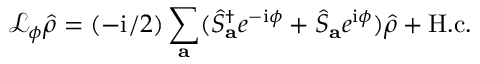
\mathcal { L } _ { \phi } \hat { \rho } = ( - \mathrm { i } / 2 ) \sum _ { \mathbf { a } } ( \hat { S } _ { \mathbf { a } } ^ { \dagger } e ^ { - \mathrm { i } \phi } + \hat { S } _ { \mathbf { a } } e ^ { \mathrm { i } \phi } ) \hat { \rho } + \mathrm { H . c . }